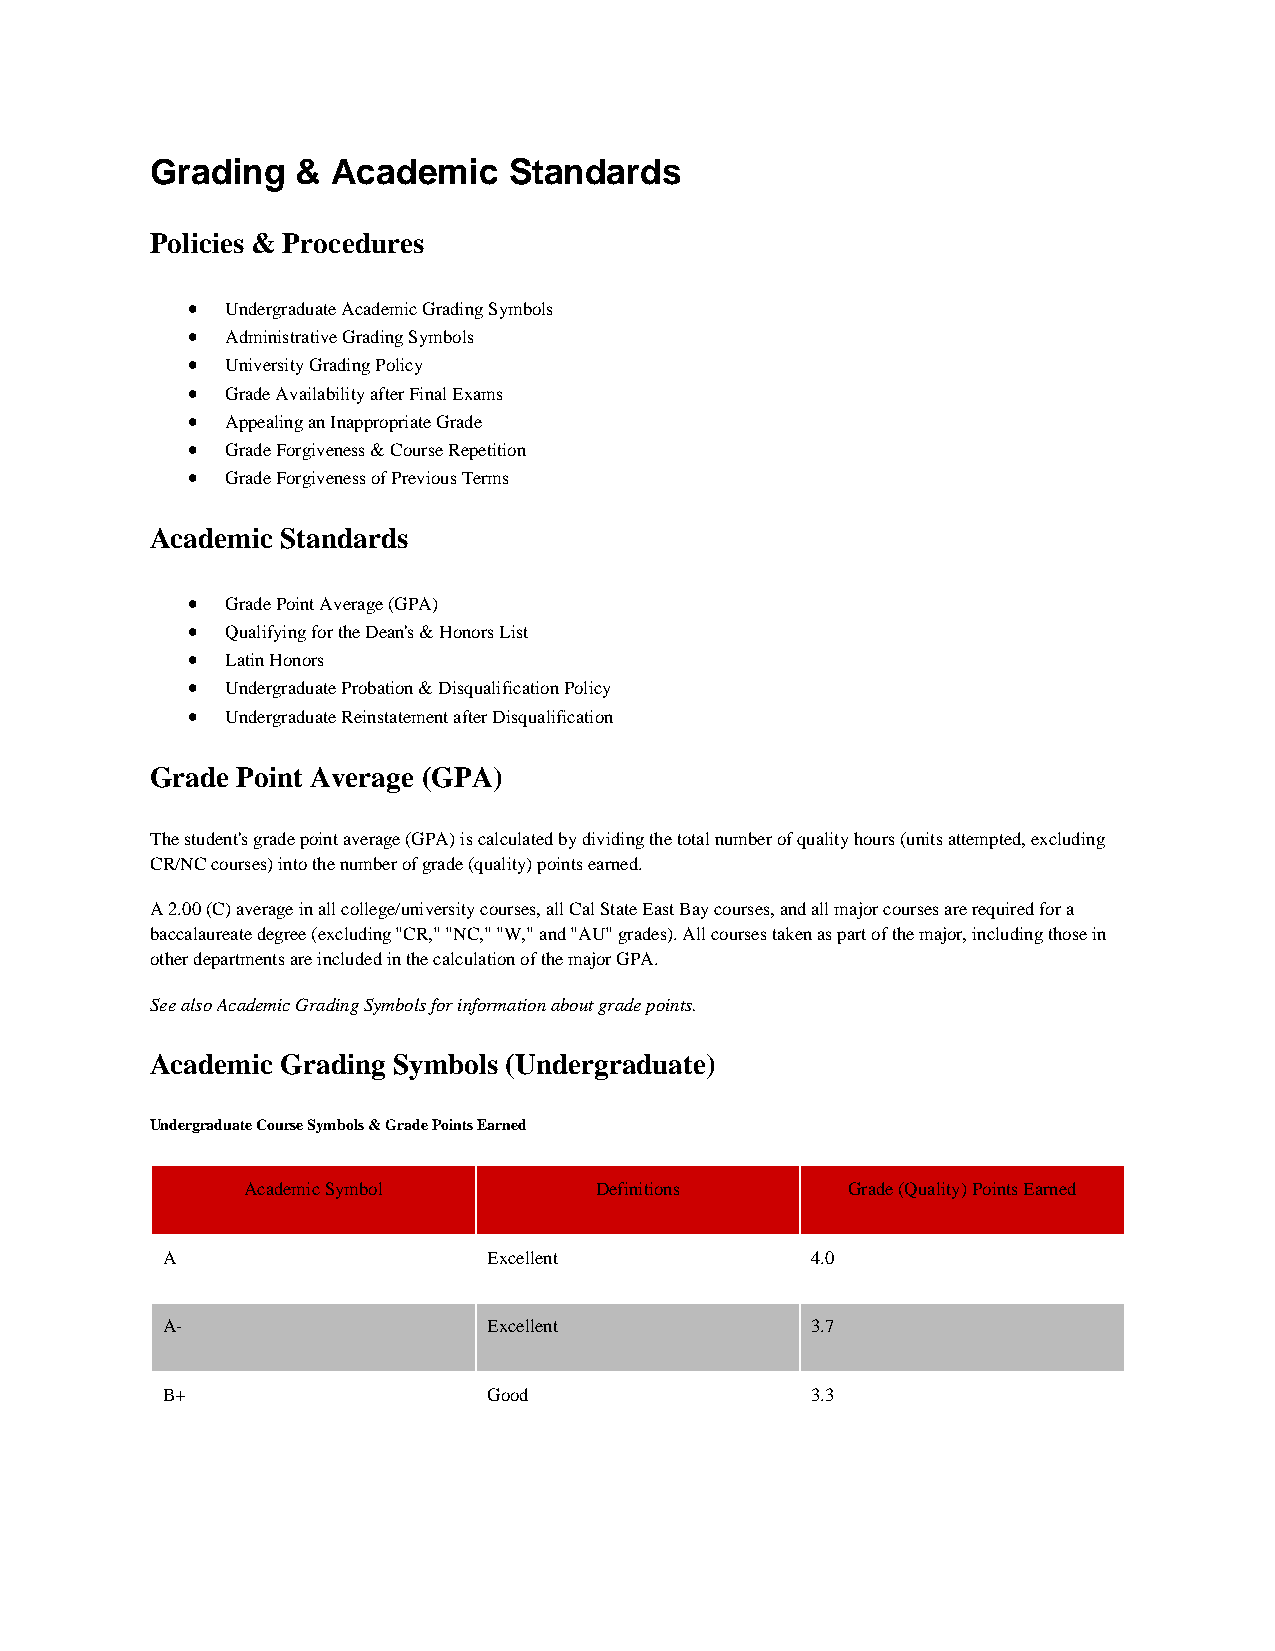
Grading   & Academic    Standards
 Policies & Procedures
 •  Undergraduate Academic Grading Symbols
 •  Administrative Grading Symbols
 •  University Grading Policy
 •  Grade Availability after Final Exams
 •  Appealing an Inappropriate Grade
 •  Grade Forgiveness & Course Repetition
 •  Grade Forgiveness of Previous Terms
 Academic Standards
 •  Grade Point Average (GPA)
 •  Qualifying for the Dean's & Honors List
 •  Latin Honors
 •  Undergraduate Probation & Disqualification Policy
 •  Undergraduate Reinstatement after Disqualification
 Grade Point Average (GPA)
 The student's grade point average (GPA) is calculated by dividing the total number of quality hours (units attempted, excluding
 CR/NC courses) into the number of grade (quality) points earned.
 A 2.00 (C) average in all college/university courses, all Cal State East Bay courses, and all major courses are required for a
 baccalaureate degree (excluding "CR," "NC," "W," and "AU" grades). All courses taken as part of the major, including those in
 other departments are included in the calculation of the major GPA.
 See also Academic Grading Symbols for information about grade points.
 Academic Grading Symbols (Undergraduate)
 Undergraduate Course Symbols & Grade Points Earned
 Academic Symbol        Definitions      Grade (Quality) Points Earned
 A                    Excellent             4.0
 A-                   Excellent             3.7
 B+                   Good                  3.3